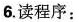
6.读程序: